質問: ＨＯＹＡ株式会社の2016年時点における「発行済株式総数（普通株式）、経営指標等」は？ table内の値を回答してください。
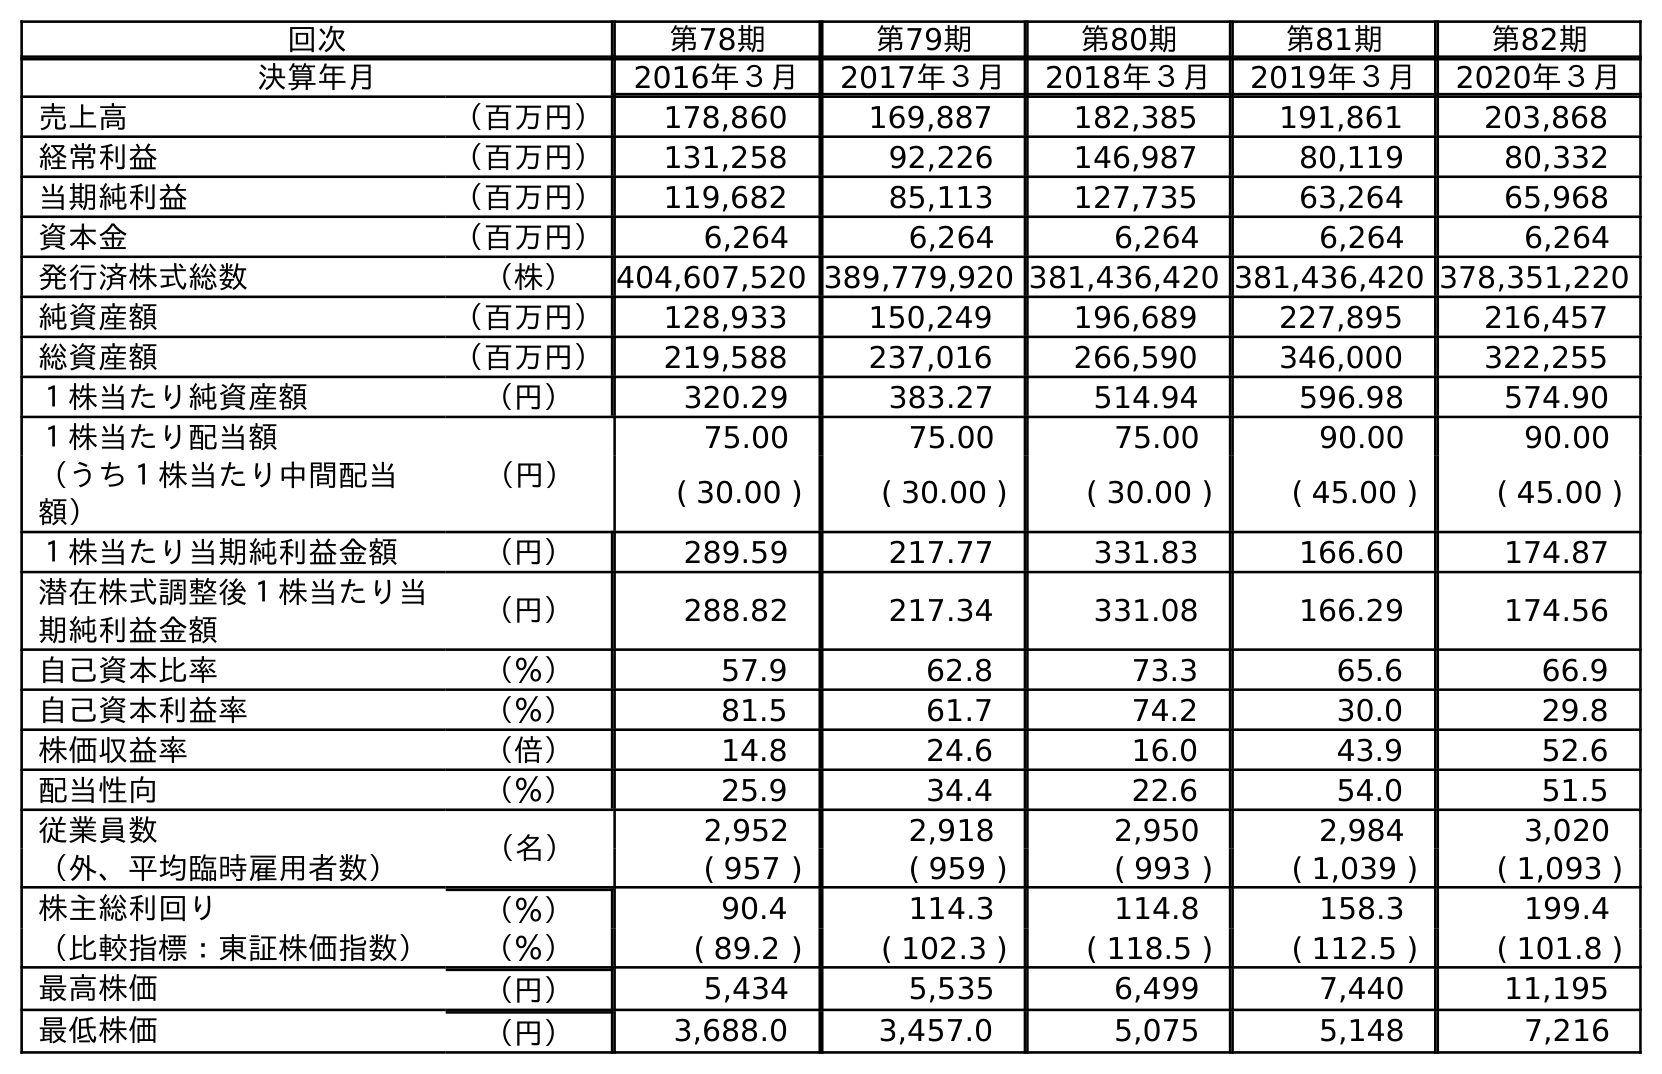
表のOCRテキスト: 回次 第78期 第79期 第80期 第81期 第82期 決算年月 2016年３月 2017年３月 2018年３月 2019年３月 2020年３月 売上高 （百万円） 178,860 169,887 182,385 191,861 203,868 経常利益 （百万円） 131,258 92,226 146,987 80,119 80,332 当期純利益 （百万円） 119,682 85,113 127,735 63,264 65,968 資本金 （百万円） 6,264 6,264 6,264 6,264 6,264 発行済株式総数 （株） 404,607,520 389,779,920 381,436,420 381,436,420 378,351,220 純資産額 （百万円） 128,933 150,249 196,689 227,895 216,457 総資産額 （百万円） 219,588 237,016 266,590 346,000 322,255 １株当たり純資産額 （円） 320.29 383.27 514.94 596.98 574.90 １株当たり配当額 （円） 75.00 75.00 75.00 90.00 90.00 （うち１株当たり中間配当 額） ( 30.00 ) ( 30.00 ) ( 30.00 ) ( 45.00 ) ( 45.00 ) １株当たり当期純利益金額 （円） 289.59 217.77 331.83 166.60 174.87 潜在株式調整後１株当たり当 期純利益金額 （円） 288.82 217.34 331.08 166.29 174.56 自己資本比率 （％） 57.9 62.8 73.3 65.6 66.9 自己資本利益率 （％） 81.5 61.7 74.2 30.0 29.8 株価収益率 （倍） 14.8 24.6 16.0 43.9 52.6 配当性向 （％） 25.9 34.4 22.6 54.0 51.5 従業員数 （名） 2,952 2,918 2,950 2,984 3,020 （外、平均臨時雇用者数） ( 957 ) ( 959 ) ( 993 ) ( 1,039 ) ( 1,093 ) 株主総利回り （％） 90.4 114.3 114.8 158.3 199.4 （比較指標：東証株価指数） （％） ( 89.2 ) ( 102.3 ) ( 118.5 ) ( 112.5 ) ( 101.8 ) 最高株価 （円） 5,434 5,535 6,499 7,440 11,195 最低株価 （円） 3,688.0 3,457.0 5,075 5,148 7,216
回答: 404,607,520